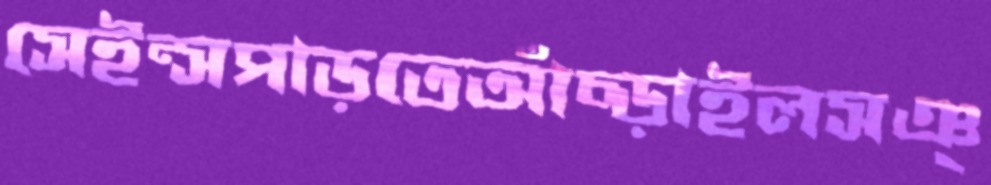
সেইন্সপাড়তেআঁচ্‌ড়াইলসঞ্